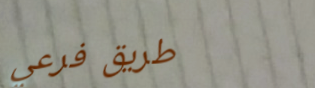
طريق فرعي